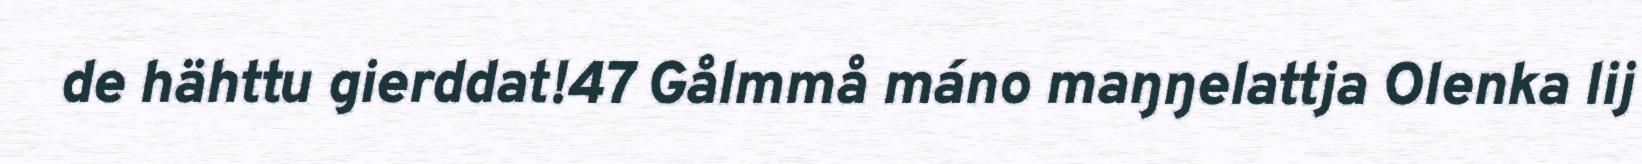
de hähttu gierddat!47 Gålmmå máno maŋŋelattja Olenka lij